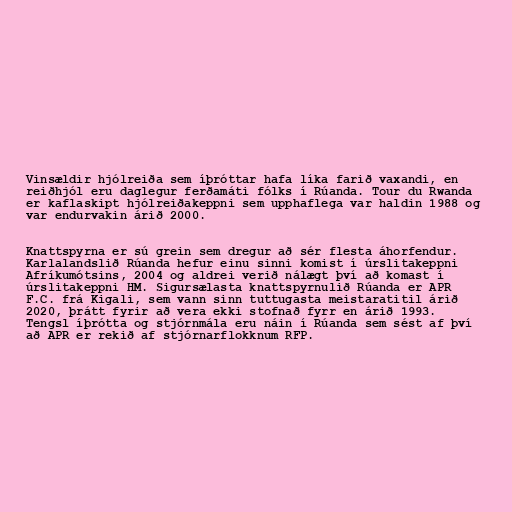
Vinsældir hjólreiða sem íþróttar hafa líka farið vaxandi, en
reiðhjól eru daglegur ferðamáti fólks í Rúanda. Tour du Rwanda
er kaflaskipt hjólreiðakeppni sem upphaflega var haldin 1988 og
var endurvakin árið 2000.

Knattspyrna er sú grein sem dregur að sér flesta áhorfendur.
Karlalandslið Rúanda hefur einu sinni komist í úrslitakeppni
Afríkumótsins, 2004 og aldrei verið nálægt því að komast í
úrslitakeppni HM. Sigursælasta knattspyrnulið Rúanda er APR
F.C. frá Kigali, sem vann sinn tuttugasta meistaratitil árið
2020, þrátt fyrir að vera ekki stofnað fyrr en árið 1993.
Tengsl íþrótta og stjórnmála eru náin í Rúanda sem sést af því
að APR er rekið af stjórnarflokknum RFP.